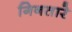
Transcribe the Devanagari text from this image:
गिनतारे